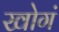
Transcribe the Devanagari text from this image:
खोगं